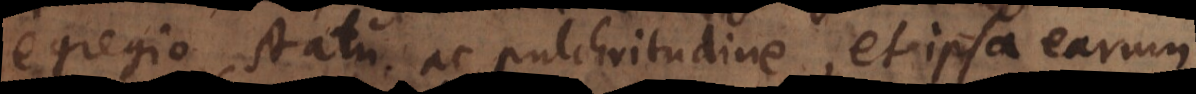
egregio statu, atque pulchritudine, et ipsa earum